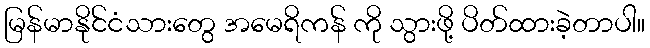
မြန်မာနိုင်ငံသားတွေ အမေရိကန် ကို သွားဖို့ ပိတ်ထားခဲ့တာပါ။